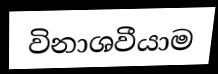
විනාශවීයාම